Civil Veterinary Department Bengal reports 1933-51 - 1933-1951
Year: 1933
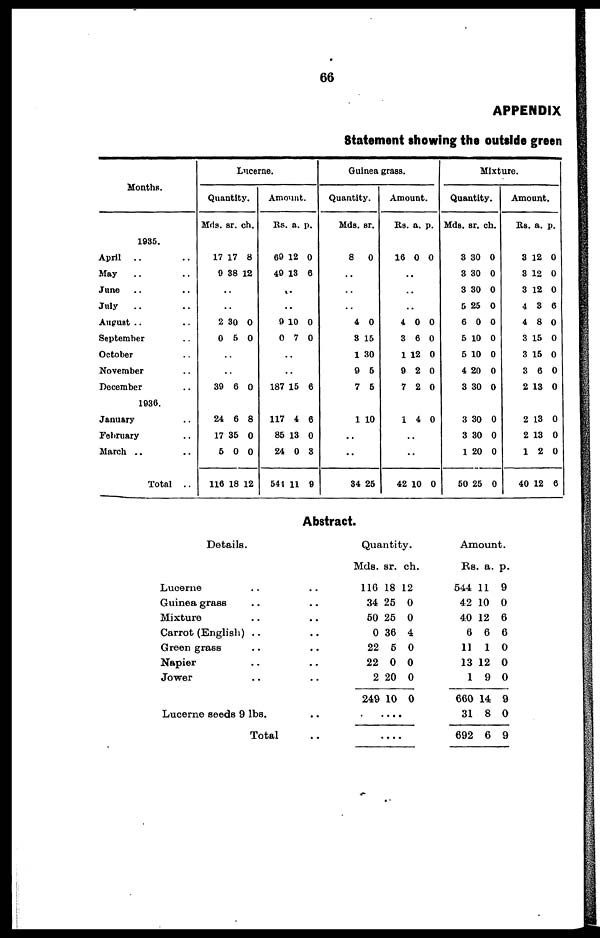
66
APPENDIX
Statement showing the outside green
Months.
1935.
April .. ..
May .. ..
June .. ..
July .. ..
August .. ..
September ..
October ..
November ..
December ..
1936.
January ..
February ..
March .. ..
Total ..
Lucerne.
Quantity.
Mds. sr. ch.
17
9
17
38
8
12
..
..
2
0
30
5
0
0
..
..
39 6 0
24
17
5
116
6
35
0
18
8
0
0
12
Amount.
Rs. a. p.
69
49
12
13
0
6
..
..
9
0
10
7
0
0
..
..
187 15 6
117
85
24
541
4
13
0
11
6
0
3
9
Guinea grass.
Quantity.
Mds. sr.
8
0
..
..
..
4
3
1
9
7
0
15
30
5
5
1 10
..
..
34 25
Amount.
Rs. a. p.
16 0 0
..
..
..
4
3
1
9
7
0
6
12
2
2
0
0
0
0
0
1 4
..
..
42 10
0
0
Mixture.
Quantity.
Mds. sr. ch.
3
3
3
5
6
5
5
4
3
30
30
30
25
0
10
10
20
30
0
0
0
0
0
0
0
0
0
3
3
1
50
30
30
20
25
0
0
0
0
Amount.
Rs. a. p.
3
3
3
4
4
3
3
3
2
12
12
12
3
8
15
15
6
13
0
0
0
6
0
0
0
0
0
2
2
1
40
13
13
2
12
0
0
0
6
Abstract.
Details.
Lucerne ..
Guinea grass ..
Mixture ..
Carrot (English) ..
Green grass ..
Napier ..
Jower ..
Lucerne seeds 9 lbs.
Total
..
..
..
..
..
..
..
..
..
Quantity.
Mds.
116
34
50
0
22
22
2
249
sr.
18
25
25
36
5
0
20
10
ch.
12
0
0
4
0
0
0
0
....
....
Amount.
Rs.
544
42
40
6
11
13
1
660
31
692
a.
11
10
12
6
1
12
9
14
8
6
p.
9
0
6
6
0
0
0
9
0
9